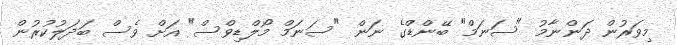
މިވަރުން ދަންނާމު "ސަނަމް" ބޭންޑްގެ ނަން "ސަނަމް މޯލްޑިވްސް" އަށް ވެސް ބަދަލުކުރުން